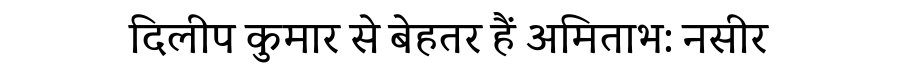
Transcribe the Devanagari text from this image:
दिलीप कुमार से बेहतर हैं अमिताभ: नसीर